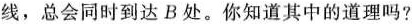
路线，总会同时到达B处。你知道其中的道理吗?